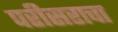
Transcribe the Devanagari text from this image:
परीसराचा